Report of the Indian Hemp Drugs Commission, 1894-1895 - Volume V
Year: 1894
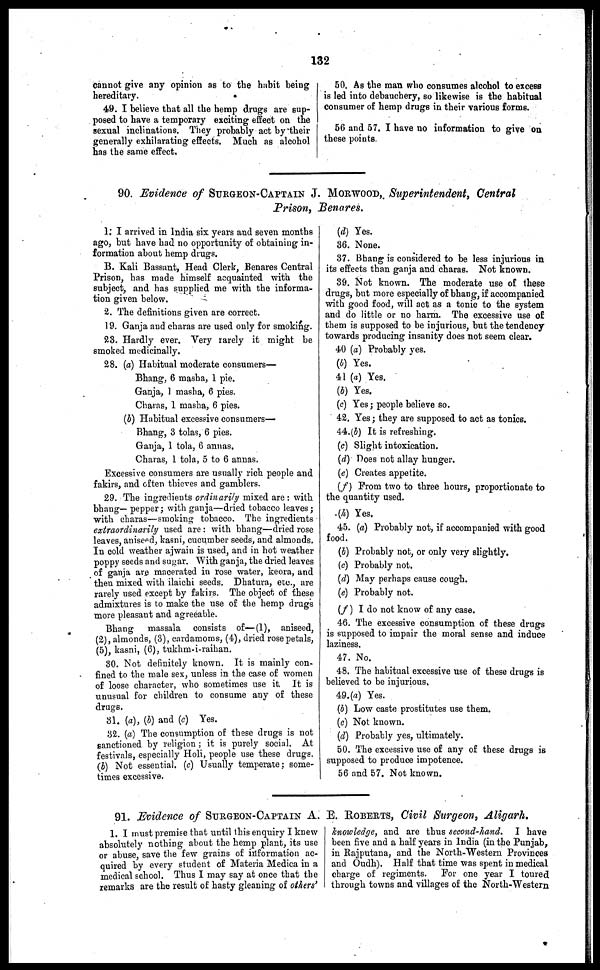
132
cannot give any opinion as to the habit being
hereditary.
49. I believe that all the hemp drugs are sup-
posed to have a temporary exciting effect on the
sexual inclinations. They probably act by their
generally exhilarating effects. Much as alcohol
has the same effect.
50. As the man who consumes alcohol to excess
is led into debauchery, so likewise is the habitual
consumer of hemp drugs in their various forms.
56 and 57. I have no information to give on
these points.
90. Evidence of SURGEON-CAPTAIN J. MORWOOD,Superintendent, Central
Prison, Benares.
1: I arrived in India six years and seven months
ago, but have had no opportunity of obtaining in-
formation about hemp drugs.
B. Kali Bassant, Head Clerk, Benares Central
Prison, has made himself acquainted with the
subject, and has supplied me with the informa-
tion given below.
2. The definitions given are correct.
19. Ganja and charas are used only for smoking.
23. Hardly ever. Very rarely it might be
smoked medicinally.
28. (a) Habitual moderate consumers—
Bhang, 6 masha, 1 pie.
Ganja, 1 masha, 6 pies.
Charas, 1 masha, 6 pies.
(b) Habitual excessive consumers—
Bhang, 3 tolas, 6 pies.
Ganja, 1 tola, 6 annas.
Charas, 1 tola, 5 to 6 annas.
Excessive consumers are usually rich people and
fakirs, and often thieves and gamblers.
29. The ingredients ordinarily mixed are: with
bhang— pepper; with ganja—dried tobacco leaves;
with charas—smoking tobacco. The ingredients
extraordinarily used are: with bhang—dried rose
leaves, aniseed, kasni, cucumber seeds, and almonds.
In cold weather ajwain is used, and in hot weather
poppy seeds and sugar. With ganja, the dried leaves
of ganja are macerated in rose water, keora, and
then mixed with ilaichi seeds. Dhatura, etc., are
rarely used except by fakirs. The object of these
admixtures is to make the use of the hemp drugs
more pleasant and agreeable.
Bhang
massala consists of—(1), aniseed,
(2), almonds, (3), cardamoms, (4), dried rose petals,
(5), kasni, (6), tukhm-i-raihan.
30. Not definitely known. It is mainly con-
fined to the male sex, unless in the case of women
of loose character, who sometimes use it. It is
unusual for children to consume any of these
drugs.
81. (a), (b) and (c) Yes.
32. (a) The consumption of these drugs is not
sanctioned by religion; it is purely social. At
festivals, especially Holi, people use these drugs.
(J) Not essential. (c) Usually temperate; some-
times excessive.
(d) Yes.
36. None.
37. Bhang is considered to be less injurious in
its effects than ganja and charas. Not known.
39. Not known. The moderate use of these
drugs, but more especially of bhang, if accompanied
with good food, will act as a tonic to the system
and do little or no harm. The excessive use of
them is supposed to be injurious, but the tendency
towards producing insanity does not seem clear.
40 (a) Probably yes.
(b) Yes.
41 (a) Yes.
(b) Yes.
(c) Yes; people believe so.
42. Yes; they are supposed to act as tonics.
44. (b) It is refreshing.
(c) Slight intoxication.
(d) Does not allay hunger.
(e) Creates appetite.
(f) Prom two to three hours, proportionate to
the quantity used.
(h) Yes.
45. (a) Probably not, if accompanied with good
food.
(b) Probably not, or only very slightly.
(c) Probably not.
(d) May perhaps cause cough.
(e) Probably not.
(f) I do not know of any case.
46. The excessive consumption of these drugs
is supposed to impair the moral sense and induce
laziness.
47. No.
48. The habitual excessive use of these drugs is
believed to be injurious.
49. (a) Yes.
(b) Low caste prostitutes use them.
(c) Not known.
(d) Probably yes, ultimately.
50. The excessive use of any of these drugs is
supposed to produce impotence.
56 and 57. Not known.
91. Evidence of SURGEON-CAPTAIN A. E. ROBERTS, Civil Surgeon, Aligarh.
1. I must premise that until this enquiry I knew
absolutely nothing about the hemp plant, its use
or abuse, save the few grains of information ac-
quired by every student of Materia Medica in a
medical school. Thus I may say at once that the
remarks are the result of hasty gleaning of others'
knowledge, and are thus second-hand. I have
been five and a half years in India (in the Punjab,
in Rajputana, and the North-Western Provinces
and Oudh). Half that time was spent in medical
charge of regiments.
For one year I toured
through towns and villages of the North-Western